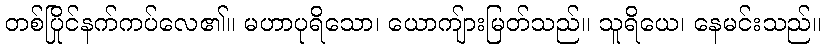
တစ်ပြိုင်နက်ကပ်လေ၏။ မဟာပုရိသော၊ ယောကျ်ားမြတ်သည်။ သူရိယေ၊ နေမင်းသည်။